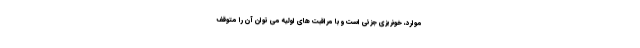
موارد، خونریزی جزئی است و با مراقبت های اولیه می توان آن را متوقف